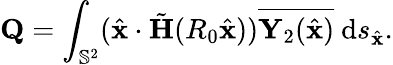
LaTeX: \mathbf{Q}=\int_{\mathbb{S}^{2}}(\hat{\mathbf{x}}\cdot\tilde{\mathbf H}(R_{0}\hat{\mathbf{x}}))\overline{{\mathbf{Y}_{2}(\hat{\mathbf{x}})}}~\mathrm{d}s_{\hat{\mathbf{x}}}.